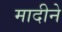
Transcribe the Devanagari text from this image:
मादीने